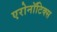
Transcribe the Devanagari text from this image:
एरोनॉटिक्‍स